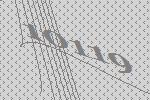
10119